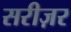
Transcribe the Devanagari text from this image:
सरीज़र